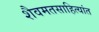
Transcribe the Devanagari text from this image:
शैवमतसाहित्यांत